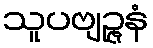
သူပဗျဉ္ဇနံ